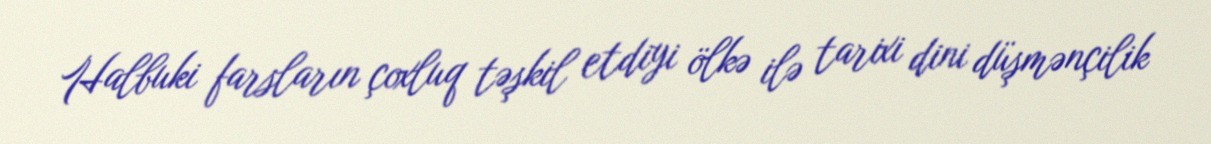
Halbuki farsların çoxluq təşkil etdiyi ölkə ilə tarixi dini düşmənçilik